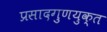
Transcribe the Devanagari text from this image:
प्रसादगुणयुक्त